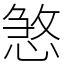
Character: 𢞀